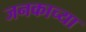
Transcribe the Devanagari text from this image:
जनकाच्या